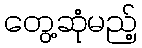
တွေ့ဆုံမည့်